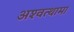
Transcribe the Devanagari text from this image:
अश्‍वत्थामा